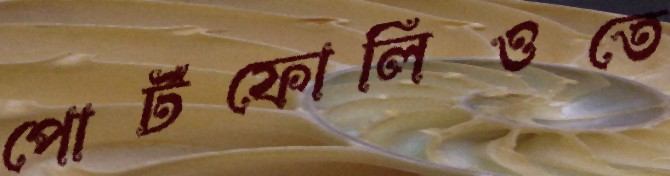
পোর্টফোলিওতে